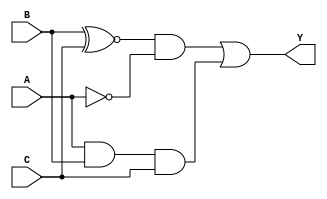
module three_variable_kmap (
    input wire A,  // Input variable A
    input wire B,  // Input variable B
    input wire C,  // Input variable C
    output wire Y  // Output variable Y
);

// K-map values based on the provided layout
// K-map layout:
//      BC
//      00  01  11  10
//     +----------------
//    A| 0   1   3   2  (Row A=0)
//    0| 0   1   1   0  (Row A=1)

// The K-map values are:
// Cell (A=0, B=0, C=0) -> 0
// Cell (A=0, B=0, C=1) -> 1
// Cell (A=0, B=1, C=1) -> 1
// Cell (A=0, B=1, C=0) -> 0
// Cell (A=1, B=0, C=0) -> 0
// Cell (A=1, B=0, C=1) -> 1
// Cell (A=1, B=1, C=1) -> 1
// Cell (A=1, B=1, C=0) -> 0

// The simplified Boolean expression derived from the K-map is:
// Y = B'C + AB

assign Y = (B ~^ C) & ~A | (A & B & C);

endmodule